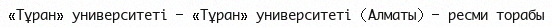
«Тұран» университеті — «Тұран» университеті (Алматы) — ресми торабы